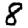
Digit: 8